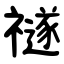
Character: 禭